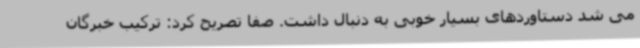
می شد دستاوردهای بسیار خوبی به دنبال داشت. صفا تصریح کرد: ترکیب خبرگان